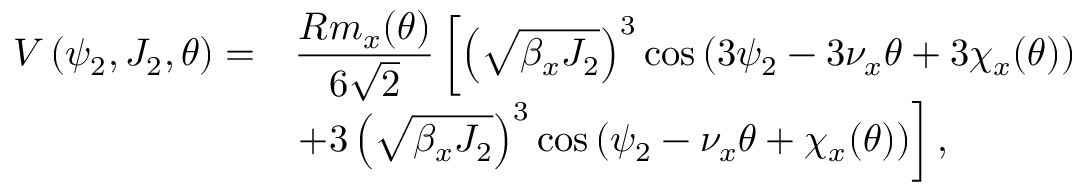
\begin{array} { c l } { \displaystyle V \left( \psi _ { 2 } , J _ { 2 } , \theta \right) = } & { \displaystyle \frac { R m _ { x } ( \theta ) } { 6 \sqrt 2 } \left[ \left( \sqrt { \beta _ { x } J _ { 2 } } \right) ^ { 3 } \cos \left( 3 \psi _ { 2 } - 3 \nu _ { x } \theta + 3 \chi _ { x } ( \theta ) \right) \right. } \\ { \displaystyle } & { \displaystyle \left. + 3 \left( \sqrt { \beta _ { x } J _ { 2 } } \right) ^ { 3 } \cos \left( \psi _ { 2 } - \nu _ { x } \theta + \chi _ { x } ( \theta ) \right) \right] , } \end{array}